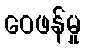
ဝေဖန်မှု